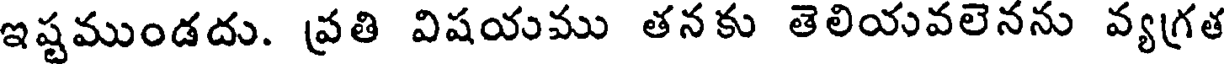
ఇష్టముండదు. ప్రతి విషయము తనకు తెలియవలెనను వ్యగ్రత